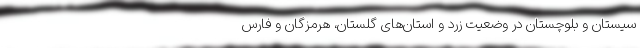
سیستان و بلوچستان در وضعیت زرد و استان‌های گلستان، هرمزگان و فارس